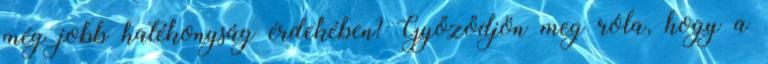
még jobb hatékonyság érdekében? Győződjön meg róla, hogy a